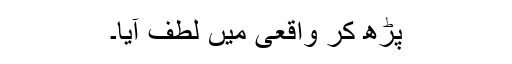
پڑھ کر واقعی میں لطف آیا۔